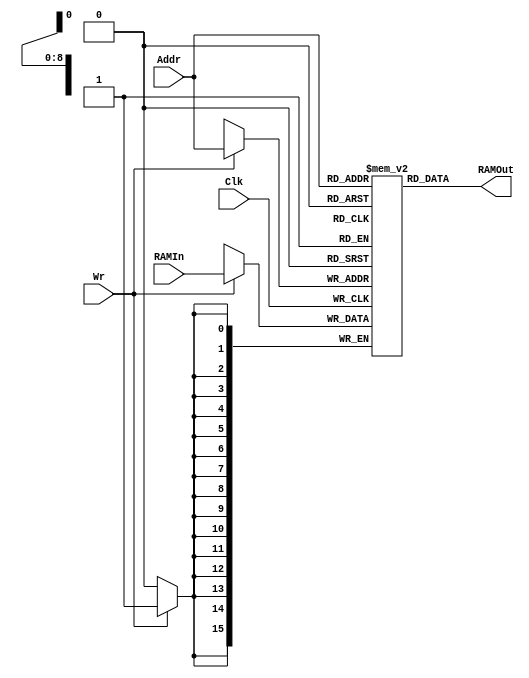
// ram.v
// Instantiate a Ram of MaxAddr x DataWidth
// From xst.pdr/Chapter2 - RAM/ROMs / 
// Single Port RAM with Asynchronous Read
// Uses Distributed RAM only

`resetall
`timescale 1ns/10ps

module RAM (Clk, Wr, Addr, RAMIn, RAMOut);
parameter AddrWidth = 9, DataWidth = 16, MaxAddr = 511 ;
input Clk;
input Wr;
input [AddrWidth-1:0] Addr;
input [DataWidth-1:0] RAMIn;
output [DataWidth-1:0] RAMOut;
reg [DataWidth-1:0] mem [0:MaxAddr];

always @(posedge Clk)
begin
  if (Wr)
    mem[Addr] <= RAMIn;
end

assign RAMOut = mem[Addr];

endmodule